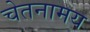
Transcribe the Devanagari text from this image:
चेतनामय